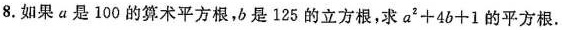
8.如果a是100的算术平方根，b是125的立方根，求$$a ^ { 2 } + 4 6 + 1$$的平方根.